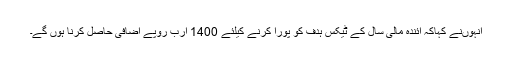
انہوںنے کہاکہ آئندہ مالی سال کے ٹیکس ہدف کو پورا کرنے کیلئے 1400 ارب روپے اضافی حاصل کرنا ہوں گے۔